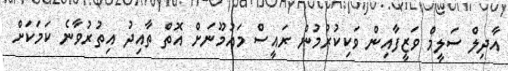
އާދިލް ސަލީމް ވަޒީފާއިން ވަކިކުރުމުން ރައީސް މައުމޫނަށް އޮތް ތާއިދު އިތުރުވާނެ ކަމަކަށް